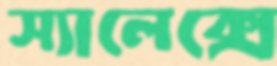
স্যালেক্সে